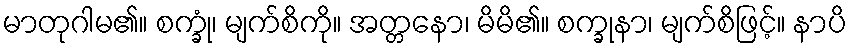
မာတုဂါမ၏။ စက္ခုံ၊ မျက်စိကို။ အတ္တနော၊ မိမိ၏။ စက္ခုနာ၊ မျက်စိဖြင့်။ နာပိ